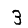
Digit: 3